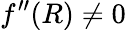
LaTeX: f^{\prime\prime}(R)\neq 0